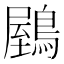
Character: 𪃮